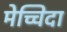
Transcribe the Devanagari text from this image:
मेच्चिदा